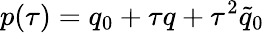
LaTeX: p(\tau)=q_{0}+\tau q+\tau^{2}\tilde{q}_{0}